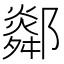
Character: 𨞧